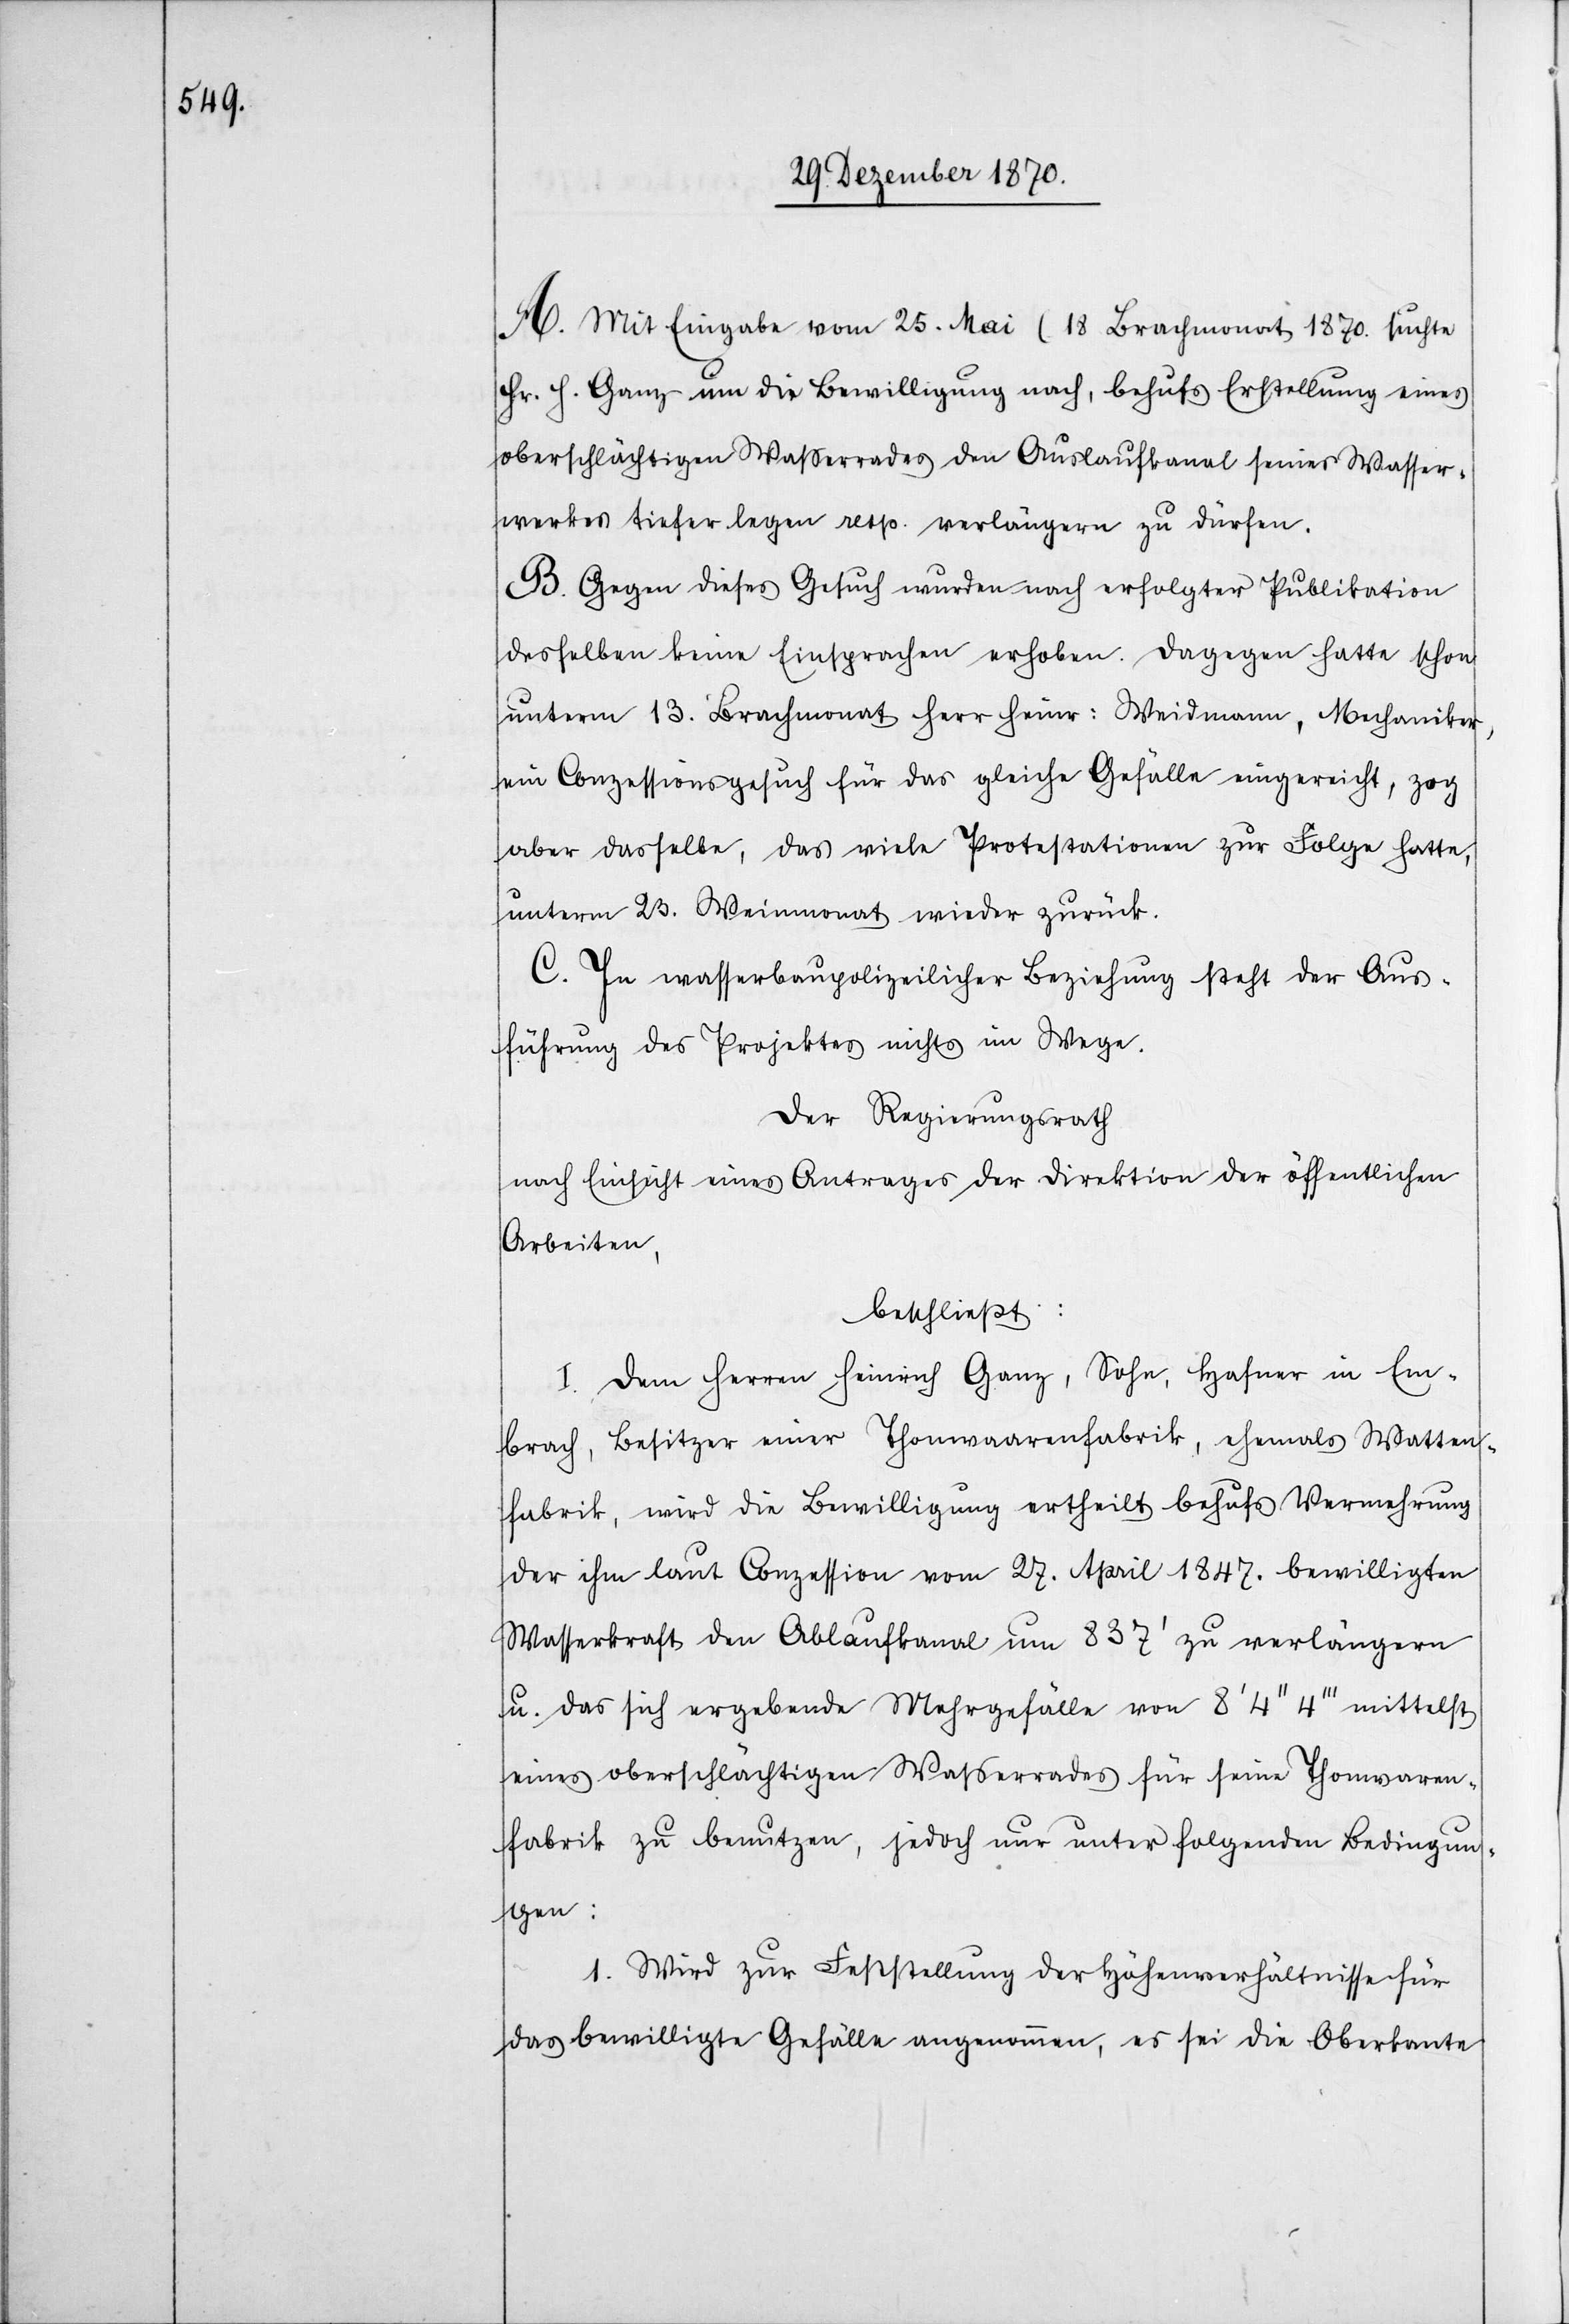
A. Mit Eingabe vom 25. Mai (18 Brachmonat 1870.) suchte
Hr. H. Ganz um die Bewilligung nach, behufs Erstellung eines
oberschlächtigen Wasserrades den Auslaufkanal seines Wasser¬
werkes tiefer legen resp. verlängern zu dürfen.
B. Gegen dieses Gesuch wurden nach erfolgter Publikation
desselben keine Einsprachen erhoben. Dagegen hatte schon
unterm 13. Brachmonat Herr Heinr: Weidmann, Mechaniker,
ein Conzessionsgesuch für das gleiche Gefälle eingereicht, zog
aber dasselbe, das viele Protestationen zur Folge hatte,
unterm 23. Weinmonat wieder zurück.
C. In wasserbaupolizeilicher Beziehung steht der Aus¬
führung des Projektes nichts im Wege.
Der Regierungsrath
nach Einsicht eines Antrages der Direktion der öffentlichen
Arbeiten,
beschließt:
I. Dem Herren Heinrich Ganz, Sohn, Hafner in Em¬
brach, Besitzer einer Thonwaarenfabrik, ehemals Watten¬
fabrik, wird die Bewilligung ertheilt behufs Vermehrung
der ihm laut Conzession vom 27. April 1847. bewilligten
Wasserkraft den Ablaufkanal um 837’ zu verlängern
u. das sich ergebende Mehrgefälle von 8’ 4’’ 4’’’ mittelst
eines oberschlächtigen Wasserrades für seine Thonwaaren¬
fabrik zu benutzen, jedoch nur unter folgenden Bedingun¬
gen:
1. Wird zur Feststellung der Höhenverhältnisse für
das bewilligte Gefälle angenommen, es sei die Oberkante